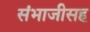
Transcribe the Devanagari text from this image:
संभाजीसह